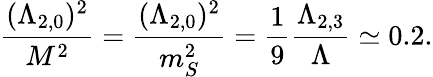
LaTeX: {\frac{(\Lambda_{2,0})^{2}}{M^{2}}}={\frac{(\Lambda_{2,0})^{2}}{m_{S}^{2}}}={\frac{1}{9}}{\frac{\Lambda_{2,3}}{\Lambda}}\simeq 0.2.